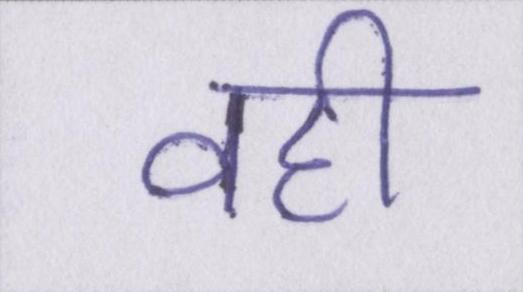
वही